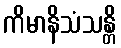
ကိမာနိသံသန္တိ